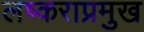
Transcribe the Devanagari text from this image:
लष्कराप्रमुख